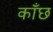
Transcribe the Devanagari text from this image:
काँछ